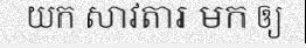
យក សាវតារ មក ឲ្យ